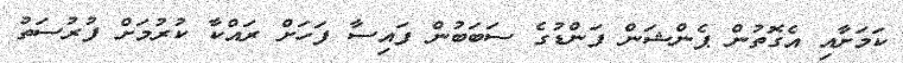
ކަމަށާއި އެގޮތުން ޕެންޝަން ފަންޑުގެ ސަބަބުން ފައިސާ ފަހަށް ރައްކާ ކުރުމަށް ފުރުސަތު